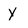
Character: y